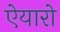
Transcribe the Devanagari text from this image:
ऐयारो